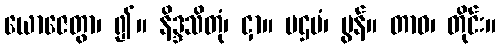
ယောဇေတွာ၊ ၍။ နိဒ္ဒသိတုံ၊ ငှာ။ ပဌမံ၊ မွန်။ တာဝ၊ တိုင်း။